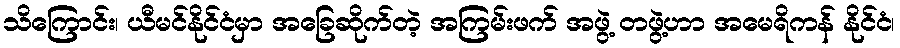
သိကြောင်း၊ ယီမင်နိုင်ငံမှာ အခြေဆိုက်တဲ့ အကြမ်းဖက် အဖွဲ့ တဖွဲ့ဟာ အမေရိကန် နိုင်ငံ၊